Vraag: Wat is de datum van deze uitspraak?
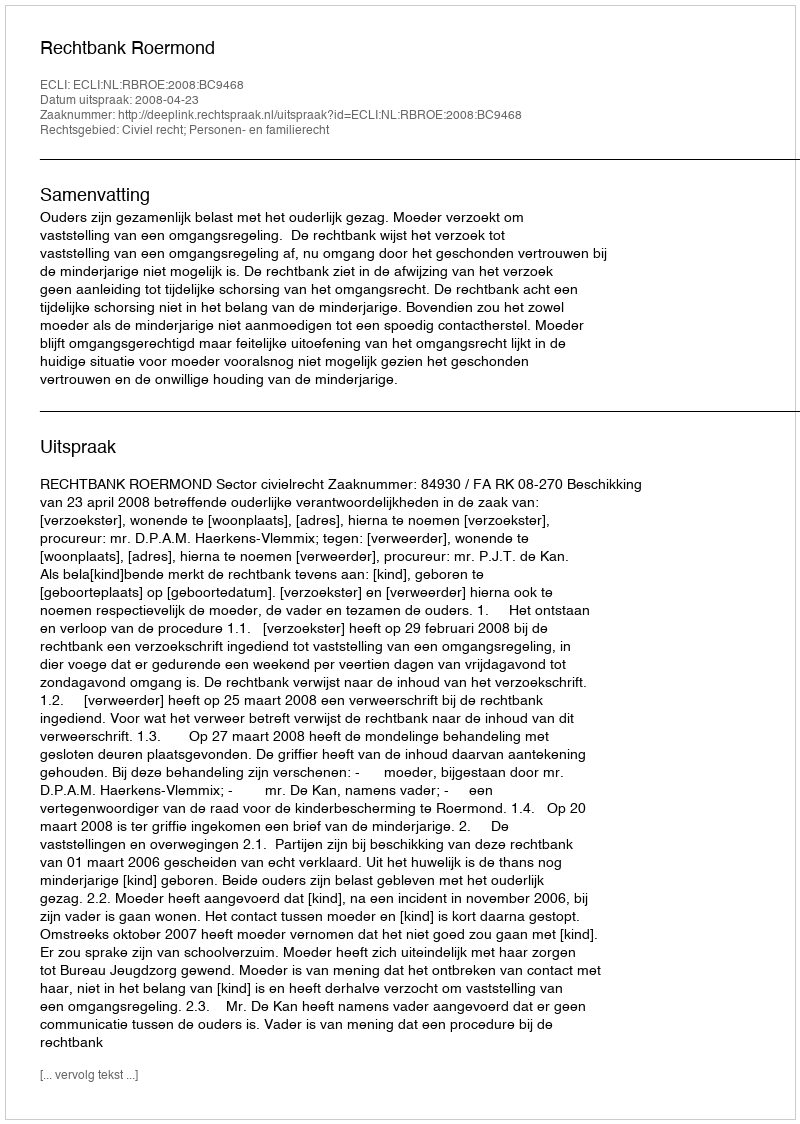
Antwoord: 2008-04-23